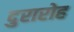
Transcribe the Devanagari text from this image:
दुरारोह